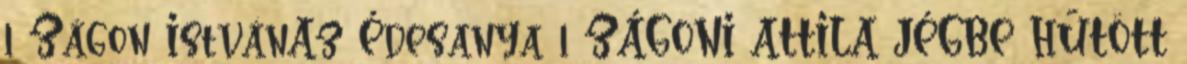
1 Zágon IstvánAz Édesanya 1 ZÁGONI ATTILA JÉGBE HŰTÖTT